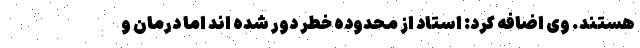
هستند. وی اضافه کرد: استاد از محدوده خطر دور شده اند اما درمان و